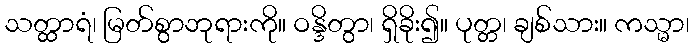
သတ္ထာရံ၊ မြတ်စွာဘုရားကို။ ဝန္ဒိတွာ၊ ရှိခိုး၍။ ပုတ္တ၊ ချစ်သား။ ကသ္မာ၊